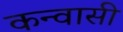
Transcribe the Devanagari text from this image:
कन्वासी